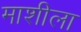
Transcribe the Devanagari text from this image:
माशीला